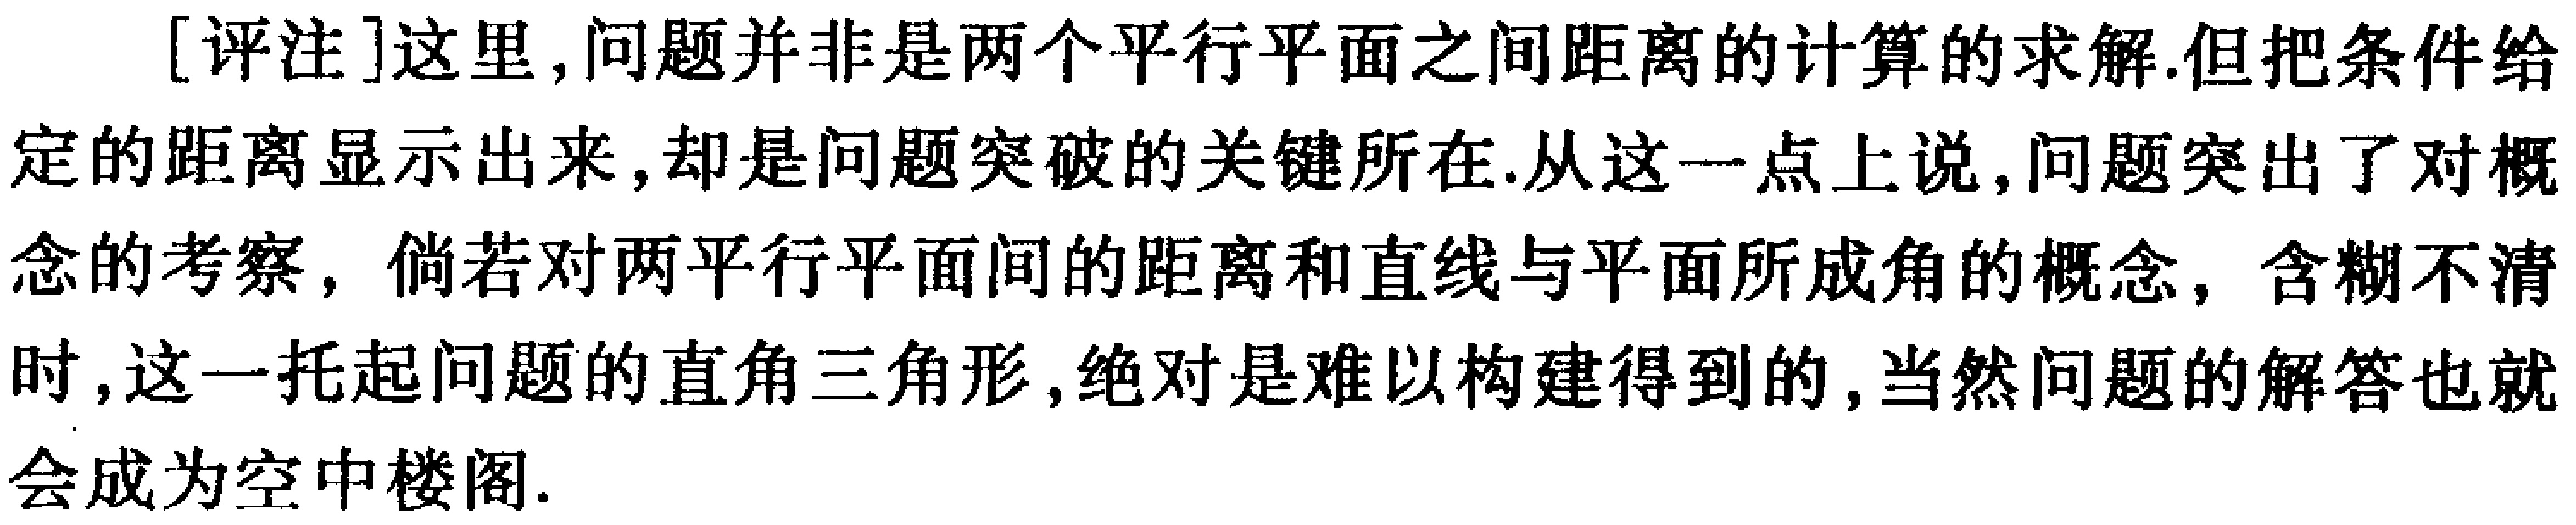
[评注]这里,问题并非是两个平行平面之间距离的计算的求解.但把条件给定的距离显示出来,却是问题突破的关键所在.从这一点上说,问题突出了对概念的考察，倘若对两平行平面间的距离和直线与平面所成角的概念，含糊不清时,这一托起问题的直角三角形,绝对是难以构建得到的,当然问题的解答也就会成为空中楼阁.